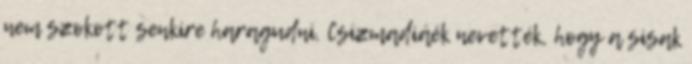
nem szokott senkire haragudni. Csizmadiáék nevették, hogy a sisak